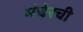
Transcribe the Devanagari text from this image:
मंचेरची